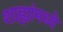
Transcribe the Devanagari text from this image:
शाह्यांमध्ये